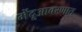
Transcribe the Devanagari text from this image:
मेंदूआवरणात